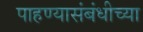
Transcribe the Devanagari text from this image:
पाहण्यासंबंधीच्या